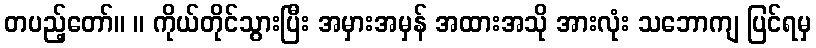
တပည့်တော်။ ။ ကိုယ်တိုင်သွားပြီး အမှားအမှန် အထားအသို အားလုံး သဘောကျ ပြင်ရမှ